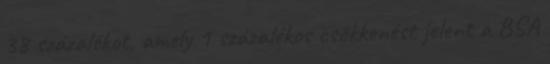
38 százalékot, amely 1 százalékos csökkenést jelent a BSA